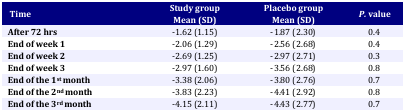
| <ROWSPAN=2> Time | Study group | Placebo group | <ROWSPAN=2> P. value |
 | Mean (SD) | Mean (SD) |
 | --- | --- | --- | --- |
 | After 72 hrs | -1.62 (1.15) | -1.87 (2.30) | 0.4 |
 | End of week 1 | -2.06 (1.29) | -2.56 (2.68) | 0.4 |
 | End of week 2 | -2.69 (1.25) | -2.97 (2.71) | 0.3 |
 | End of week 3 | -2.97 (1.60) | -3.56 (2.68) | 0.8 |
 | End of the 1st month | -3.38 (2.06) | -3.80 (2.76) | 0.7 |
 | End of the 2nd month | -3.83 (2.23) | -4.41 (2.92) | 0.8 |
 | End of the 3rd month | -4.15 (2.11) | -4.43 (2.77) | 0.7 |